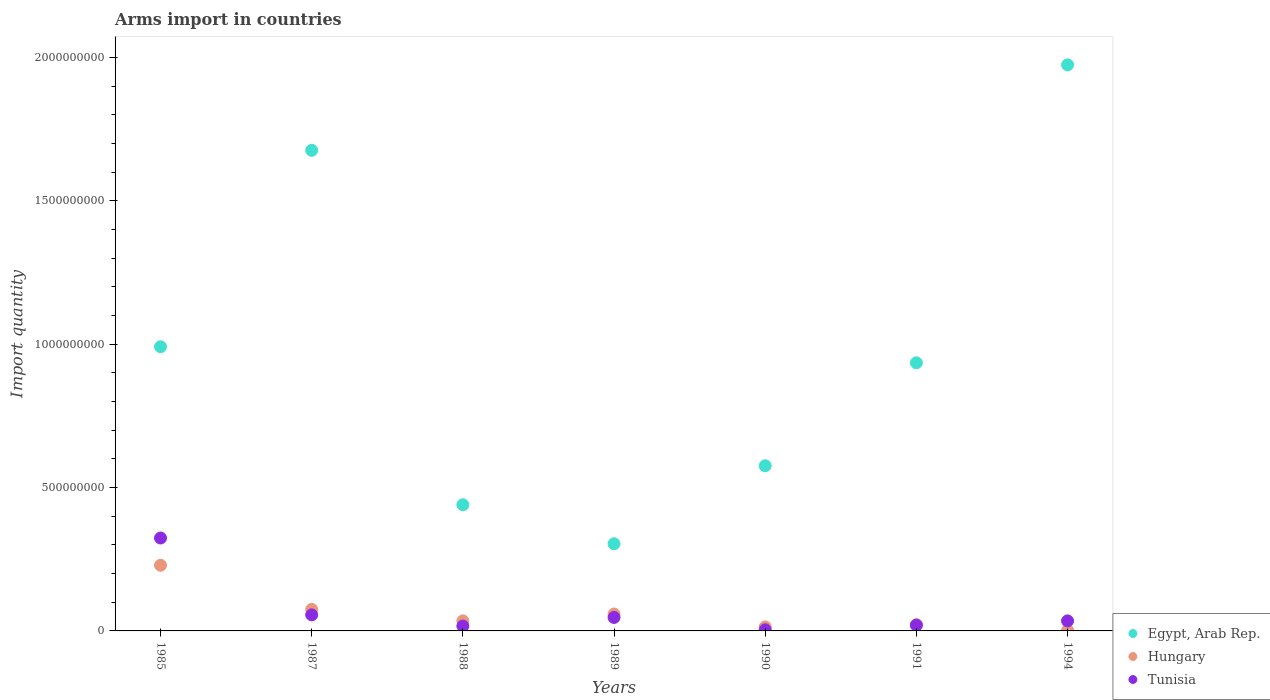
| Years | Egypt, Arab Rep. | Hungary | Tunisia |
 | --- | --- | --- | --- |
 | 1985 | 9.91e+08 | 2.29e+08 | 3.24e+08 |
 | 1987 | 1.68e+09 | 7.5e+07 | 5.6e+07 |
 | 1988 | 4.4e+08 | 3.5e+07 | 1.7e+07 |
 | 1989 | 3.04e+08 | 5.9e+07 | 4.7e+07 |
 | 1990 | 5.76e+08 | 1.4e+07 | 4e+06 |
 | 1991 | 9.35e+08 | 2.2e+07 | 2e+07 |
 | 1994 | 1.97e+09 | 2e+06 | 3.5e+07 |